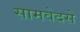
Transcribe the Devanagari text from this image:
सामवेदसे